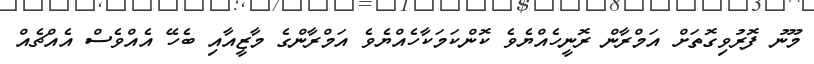
މޫނު ފޮރުވިގޮތަށް އަމްރާން ރޮނީހެއްޔެވެ ކޮންކަމަކާހެއްޔެވެ އަމްރާންގެ މާޒީއާއި ބެހޭ އެއްވެސް އެއްޗެއް